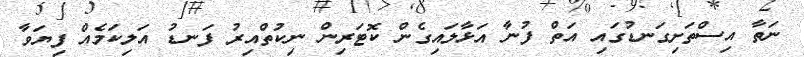
ނަތާ އިސްތަށިގަނޑުގައި އަތް ފުނާ އަޅާލައިގެން ކޮޓަރިން ނިކުތްއިރު ފަނޑު އަލިކަމެއް ފިޔަވާ